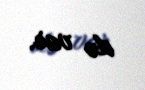
də var.